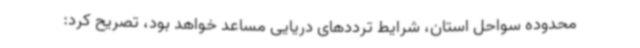
محدوده سواحل استان، شرایط ترددهای دریایی مساعد خواهد بود، تصریح کرد: